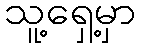
သူ့ရှေ့မှာ